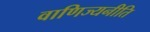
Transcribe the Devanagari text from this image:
वाणिज्यनीति